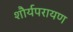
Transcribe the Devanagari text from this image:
शौर्यपरायण